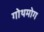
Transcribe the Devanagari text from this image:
गोथमोग